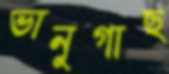
ভানুগাছ